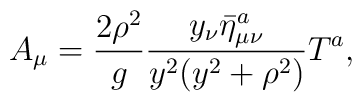
A_{\mu} = \frac{2\rho^{2}}{g}\frac{y_{\nu}\bar{\eta}^{a}_{\mu\nu}}{y^2(y^2+\rho^2)}T^{a},